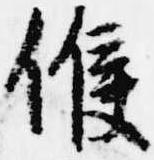
候